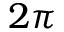
2 \pi